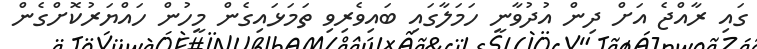
ގައި ރާއްޖެ އަށް ދިން އުދުވާނީ ހަމަލާގައި ބައިވެރިވި ތަމަޅައިގެން މީހުން ހައްޔަރުކޮށްގެން